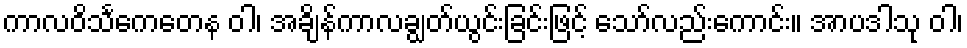
ကာလဝိသင်္ကေတေန ဝါ၊ အချိန်ကာလချွတ်ယွင်းခြင်းဖြင့် သော်လည်းကောင်း။ အာပဒါသု ဝါ၊